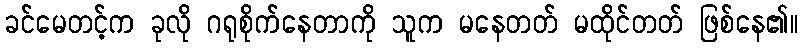
ခင်မေတင့်က ခုလို ဂရုစိုက်နေတာကို သူက မနေတတ် မထိုင်တတ် ဖြစ်နေ၏။